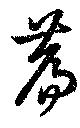
篇